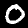
Digit: 0